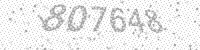
Solution: 807648